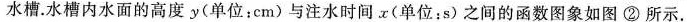
水槽.水槽内水面的高度 y (单位：cm) 与注水时间 x (单位：s) 之间的函数图象如图 ② 所示.